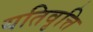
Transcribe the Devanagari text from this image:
यतिवृत्ति